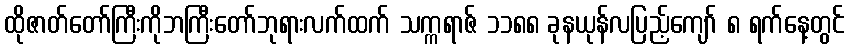
ထိုဇာတ်တော်ကြီးကိုဘကြီးတော်ဘုရားလက်ထက် သက္ကရာဇ် ၁၁၈၈ ခုနယုန်လပြည့်ကျော် ၈ ရက်နေ့တွင်